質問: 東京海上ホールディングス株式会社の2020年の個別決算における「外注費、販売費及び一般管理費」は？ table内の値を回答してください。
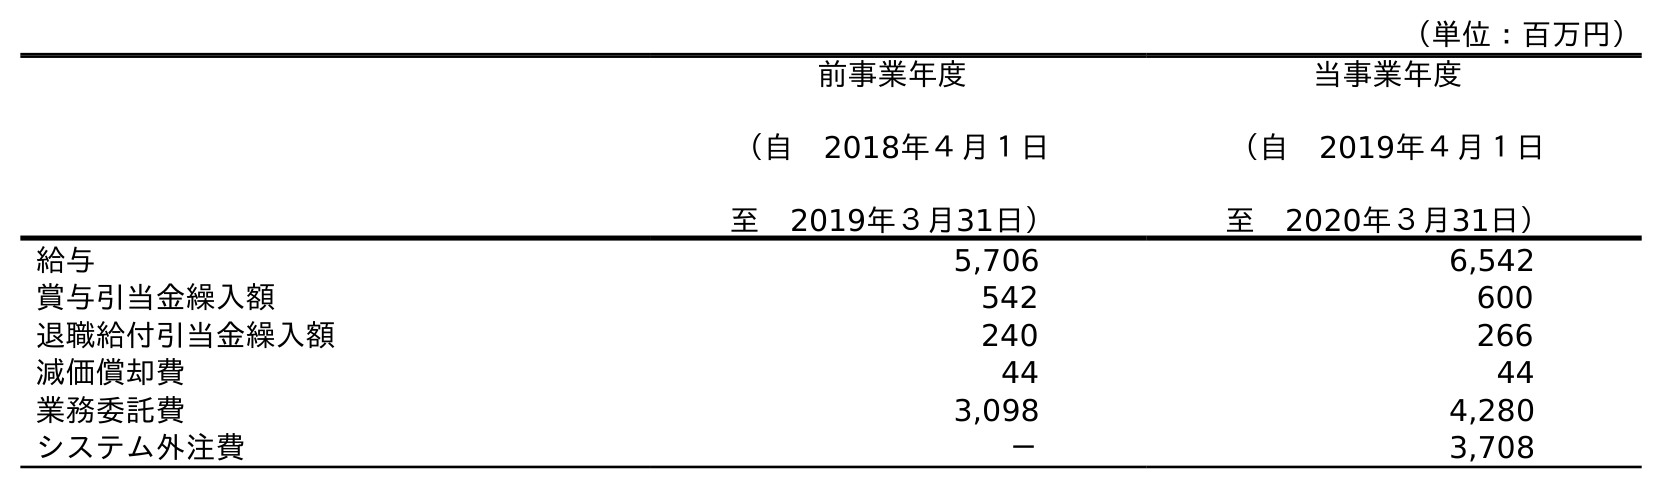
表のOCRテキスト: （単位：百万円） 前事業年度 （自 2018年４月１日 至 2019年３月31日） 当事業年度 （自 2019年４月１日 至 2020年３月31日） 給与 5,706 6,542 賞与引当金繰入額 542 600 退職給付引当金繰入額 240 266 減価償却費 44 44 業務委託費 3,098 4,280 システム外注費 － 3,708
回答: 3,708